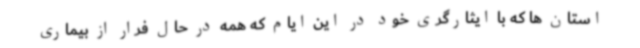
استان ها که با ایثارگری خود در این ایام که همه در حال فرار از بیماری